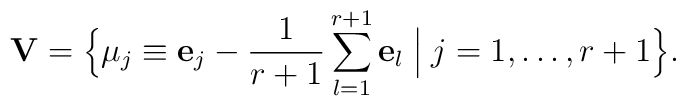
{\bf V}=\Bigl\{\mu_j\equiv{\bf e}_j-\frac{1}{r+1}\sum_{l=1}^{r+1}{\bf e}_l   \Bigm|j=1,\ldots,r+1\Bigr\}.